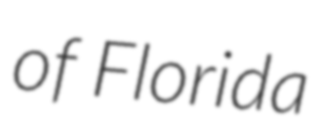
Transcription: of Florida